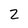
Character: Z